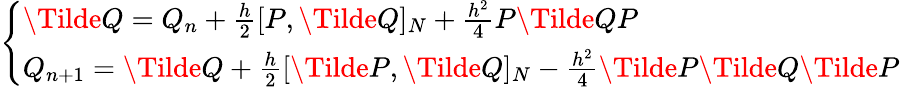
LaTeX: \left\{ \begin{array}{ll}{\Tilde{Q}=Q_{n}+\frac{h}{2}[P,\Tilde{Q}]_{N}+\frac{h^{2}}{4}P\Tilde{Q}P}\\ {Q_{n+1}=\Tilde{Q}+\frac{h}{2}[\Tilde{P},\Tilde{Q}]_{N}-\frac{h^{2}}{4}\Tilde{P}\Tilde{Q}\Tilde{P}}\end{array}\right.